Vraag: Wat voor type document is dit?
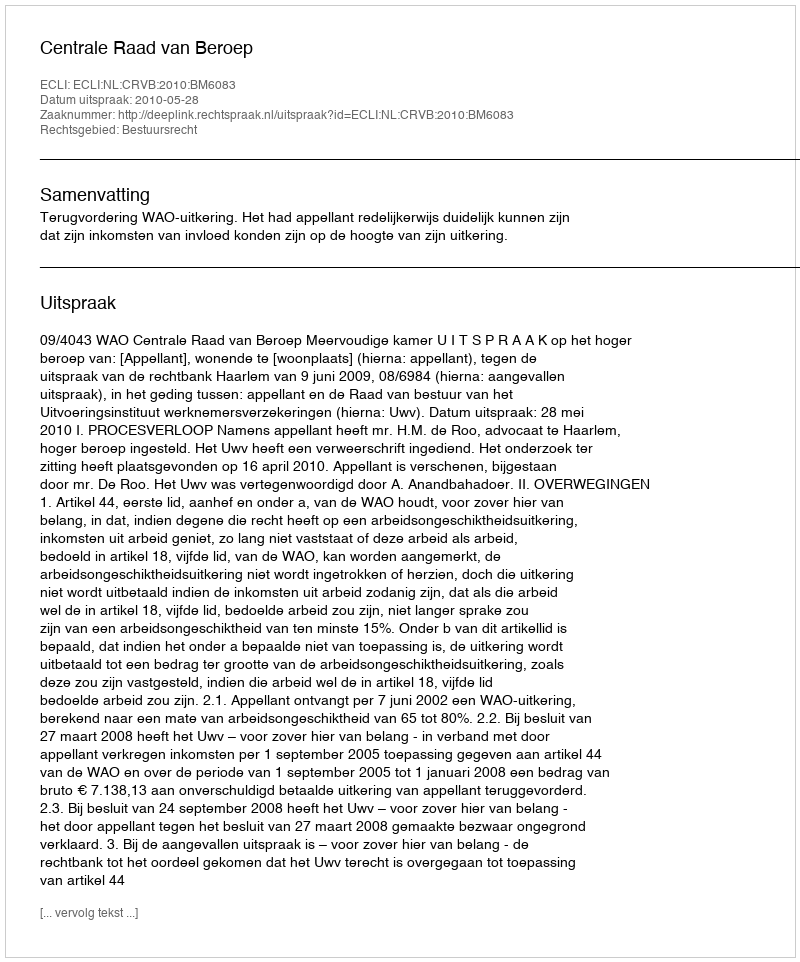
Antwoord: Uitspraak